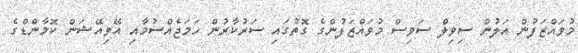
މުވައްޒަފުން އަލުން ސިވިލް ސަވިސް މުވައްޒަފުންގެ ގޮތުގައި ސަރުކާރުން ހަމަޖެއްސުމާއި އޭވިއޭޝަން ކޮމާންޑްގެ